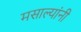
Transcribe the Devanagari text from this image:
मसाल्यांनी